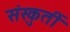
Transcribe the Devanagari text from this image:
संस्कुर्ती